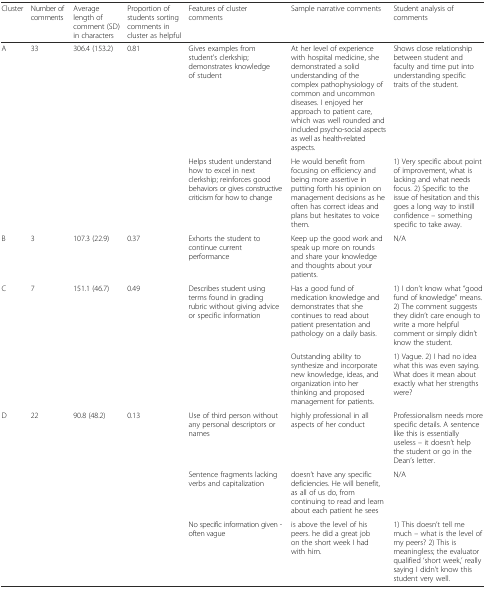
| Cluster | Number of comments | Average length of comment (SD) in characters | Proportion of students sorting comments in cluster as helpful | Features of cluster comments | Sample narrative comments | Student analysis of comments |
 | --- | --- | --- | --- | --- | --- | --- |
 | A | 33 | 306.4 (153.2) | 0.81 | Gives examples from student's clerkship; demonstrates knowledge of student | At her level of experience with hospital medicine, she demonstrated a solid understanding of the complex pathophysiology of common and uncommon diseases. I enjoyed her approach to patient care, which was well rounded and included psycho-social aspects as well as health-related aspects. | Shows close relationship between student and faculty and time put into understanding specific traits of the student. |
 |  |  |  |  | Helps student understand how to excel in next clerkship; reinforces good behaviors or gives constructive criticism for how to change | He would benefit from focusing on efficiency and being more assertive in putting forth his opinion on management decisions as he often has correct ideas and plans but hesitates to voice them. | 1) Very specific about point of improvement, what is lacking and what needs focus. 2) Specific to the issue of hesitation and this goes a long way to instill confidence – something specific to take away. |
 | B | 3 | 107.3 (22.9) | 0.37 | Exhorts the student to continue current performance | Keep up the good work and speak up more on rounds and share your knowledge and thoughts about your patients. | N/A |
 | C | 7 | 151.1 (46.7) | 0.49 | Describes student using terms found in grading rubric without giving advice or specific information | Has a good fund of medication knowledge and demonstrates that she continues to read about patient presentation and pathology on a daily basis. | 1) I don’t know what “good fund of knowledge” means. 2) The comment suggests they didn’t care enough to write a more helpful comment or simply didn’t know the student. |
 |  |  |  |  |  | Outstanding ability to synthesize and incorporate new knowledge, ideas, and organization into her thinking and proposed management for patients. | 1) Vague. 2) I had no idea what this was even saying. What does it mean about exactly what her strengths were? |
 | D | 22 | 90.8 (48.2) | 0.13 | Use of third person without any personal descriptors or names | highly professional in all aspects of her conduct | Professionalism needs more specific details. A sentence like this is essentially useless – it doesn’t help the student or go in the Dean’s letter. |
 |  |  |  |  | Sentence fragments lacking verbs and capitalization | doesn’t have any specific deficiencies. He will benefit, as all of us do, from continuing to read and learn about each patient he sees | N/A |
 |  |  |  |  | No specific information given - often vague | is above the level of his peers. he did a great job on the short week I had with him. | 1) This doesn’t tell me much – what is the level of my peers? 2) This is meaningless; the evaluator qualified ‘short week,’ really saying I didn’t know this student very well. |